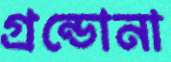
গ্রন্ডোনা